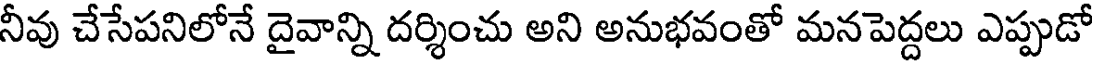
నీవు చేసేపనిలోనే దైవాన్ని దర్శించు అని అనుభవంతో మనపెద్దలు ఎప్పుడో